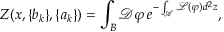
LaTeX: Z ( x , \{ b _ { k } \} , \{ a _ { k } \} ) = \int _ { B } { \mathcal D } \varphi \, e ^ { - \int _ { \mathcal A } { \mathcal L } ( \varphi ) d ^ { 2 } z } ,